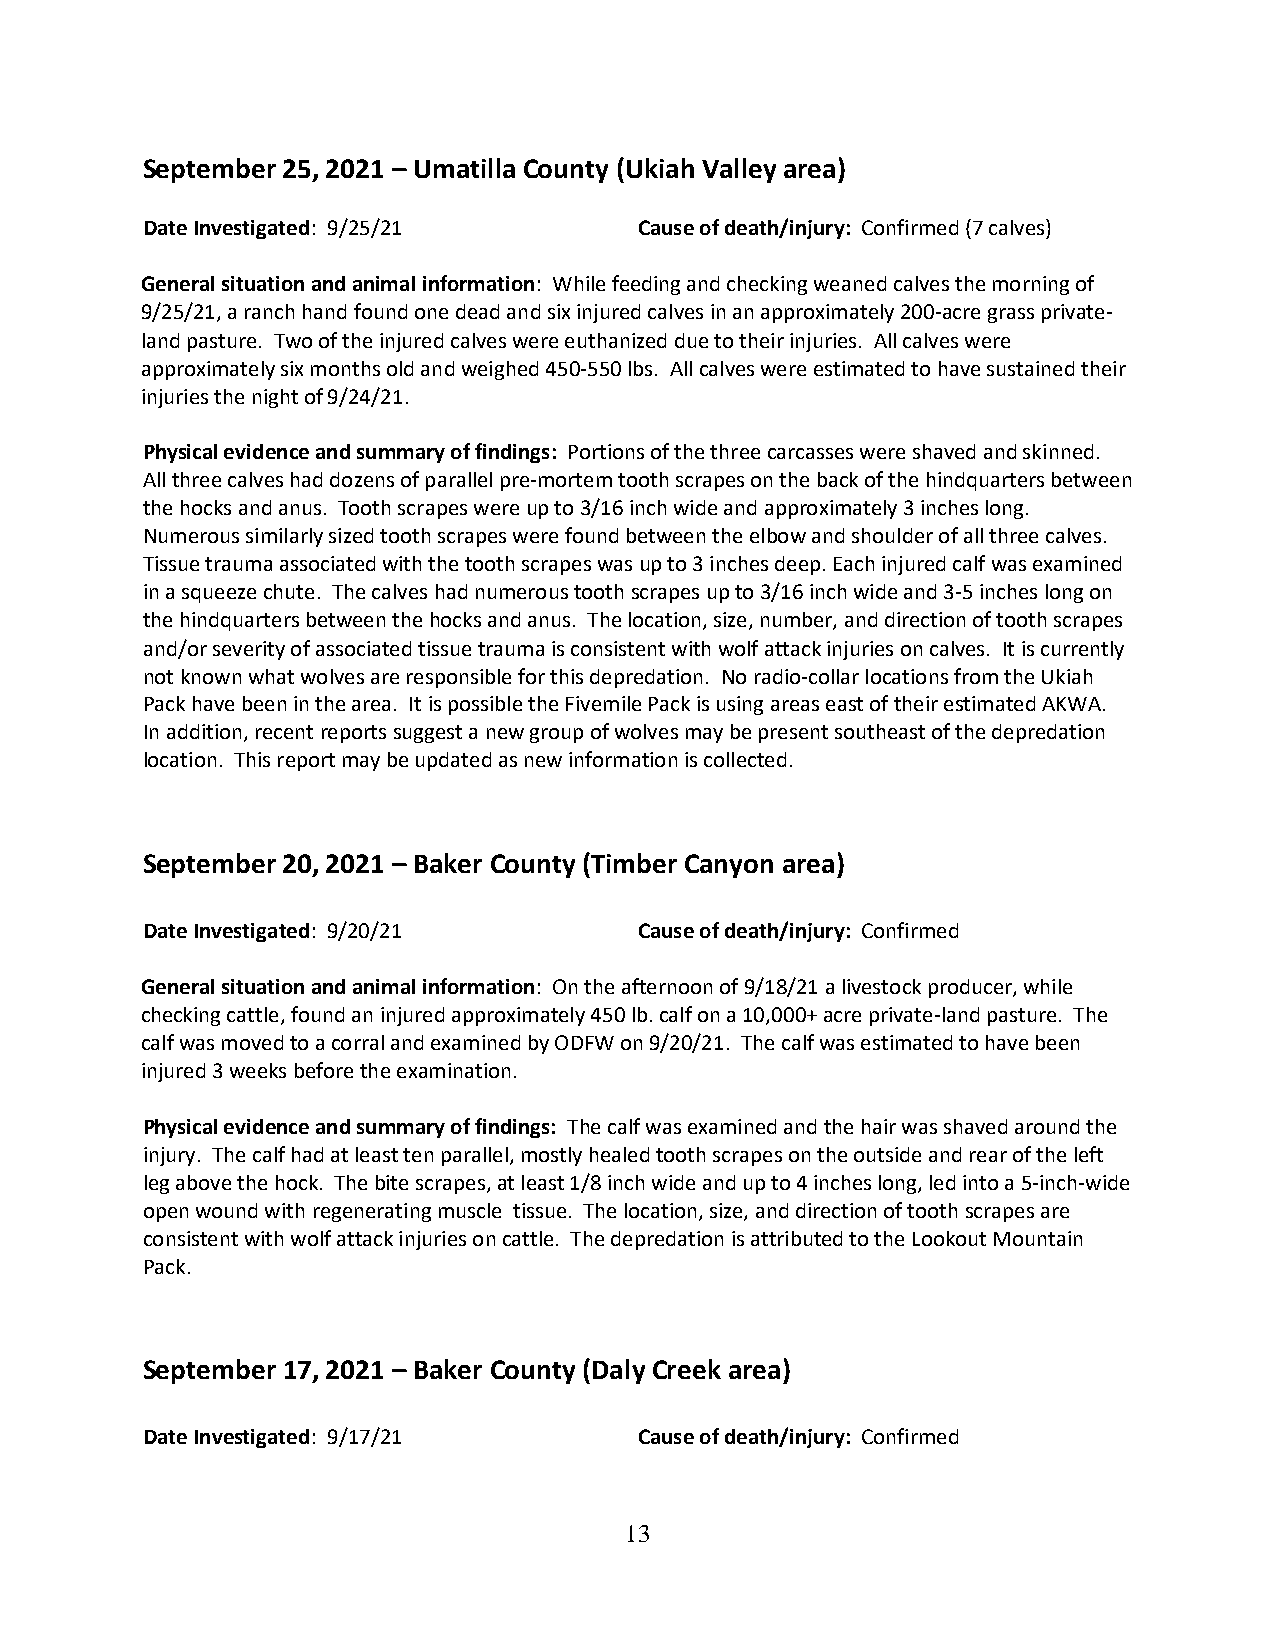
September 25, 2021 – Umatilla County (Ukiah Valley area)
 Date Investigated: 9/25/21       Cause of death/injury: Confirmed (7 calves)
 General situation and animal information: While feeding and checking weaned calves the morning of
 9/25/21, a ranch hand found one dead and six injured calves in an approximately 200-acre grass private-
 land pasture. Two of the injured calves were euthanized due to their injuries. All calves were
 approximately six months old and weighed 450-550 lbs. All calves were estimated to have sustained their
 injuries the night of 9/24/21.
 Physical evidence and summary of findings: Portions of the three carcasses were shaved and skinned.
 All three calves had dozens of parallel pre-mortem tooth scrapes on the back of the hindquarters between
 the hocks and anus. Tooth scrapes were up to 3/16 inch wide and approximately 3 inches long.
 Numerous similarly sized tooth scrapes were found between the elbow and shoulder of all three calves.
 Tissue trauma associated with the tooth scrapes was up to 3 inches deep. Each injured calf was examined
 in a squeeze chute. The calves had numerous tooth scrapes up to 3/16 inch wide and 3-5 inches long on
 the hindquarters between the hocks and anus. The location, size, number, and direction of tooth scrapes
 and/or severity of associated tissue trauma is consistent with wolf attack injuries on calves. It is currently
 not known what wolves are responsible for this depredation. No radio-collar locations from the Ukiah
 Pack have been in the area. It is possible the Fivemile Pack is using areas east of their estimated AKWA.
 In addition, recent reports suggest a new group of wolves may be present southeast of the depredation
 location. This report may be updated as new information is collected.
 September 20, 2021 – Baker County (Timber Canyon area)
 Date Investigated: 9/20/21       Cause of death/injury: Confirmed
 General situation and animal information: On the afternoon of 9/18/21 a livestock producer, while
 checking cattle, found an injured approximately 450 lb. calf on a 10,000+ acre private-land pasture. The
 calf was moved to a corral and examined by ODFW on 9/20/21. The calf was estimated to have been
 injured 3 weeks before the examination.
 Physical evidence and summary of findings: The calf was examined and the hair was shaved around the
 injury. The calf had at least ten parallel, mostly healed tooth scrapes on the outside and rear of the left
 leg above the hock. The bite scrapes, at least 1/8 inch wide and up to 4 inches long, led into a 5-inch-wide
 open wound with regenerating muscle tissue. The location, size, and direction of tooth scrapes are
 consistent with wolf attack injuries on cattle. The depredation is attributed to the Lookout Mountain
 Pack.
 September 17, 2021 – Baker County (Daly Creek area)
 Date Investigated: 9/17/21       Cause of death/injury: Confirmed
 13